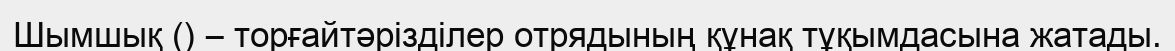
Шымшық () – торғайтәрізділер отрядының құнақ тұқымдасына жатады.